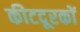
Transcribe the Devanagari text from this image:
कीटदूरकों